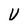
Character: V